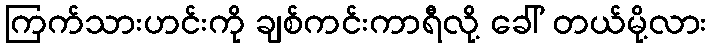
ကြက်သားဟင်းကို ချစ်ကင်းကာရီလို့ ခေါ် တယ်မို့လား